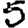
Digit: 5